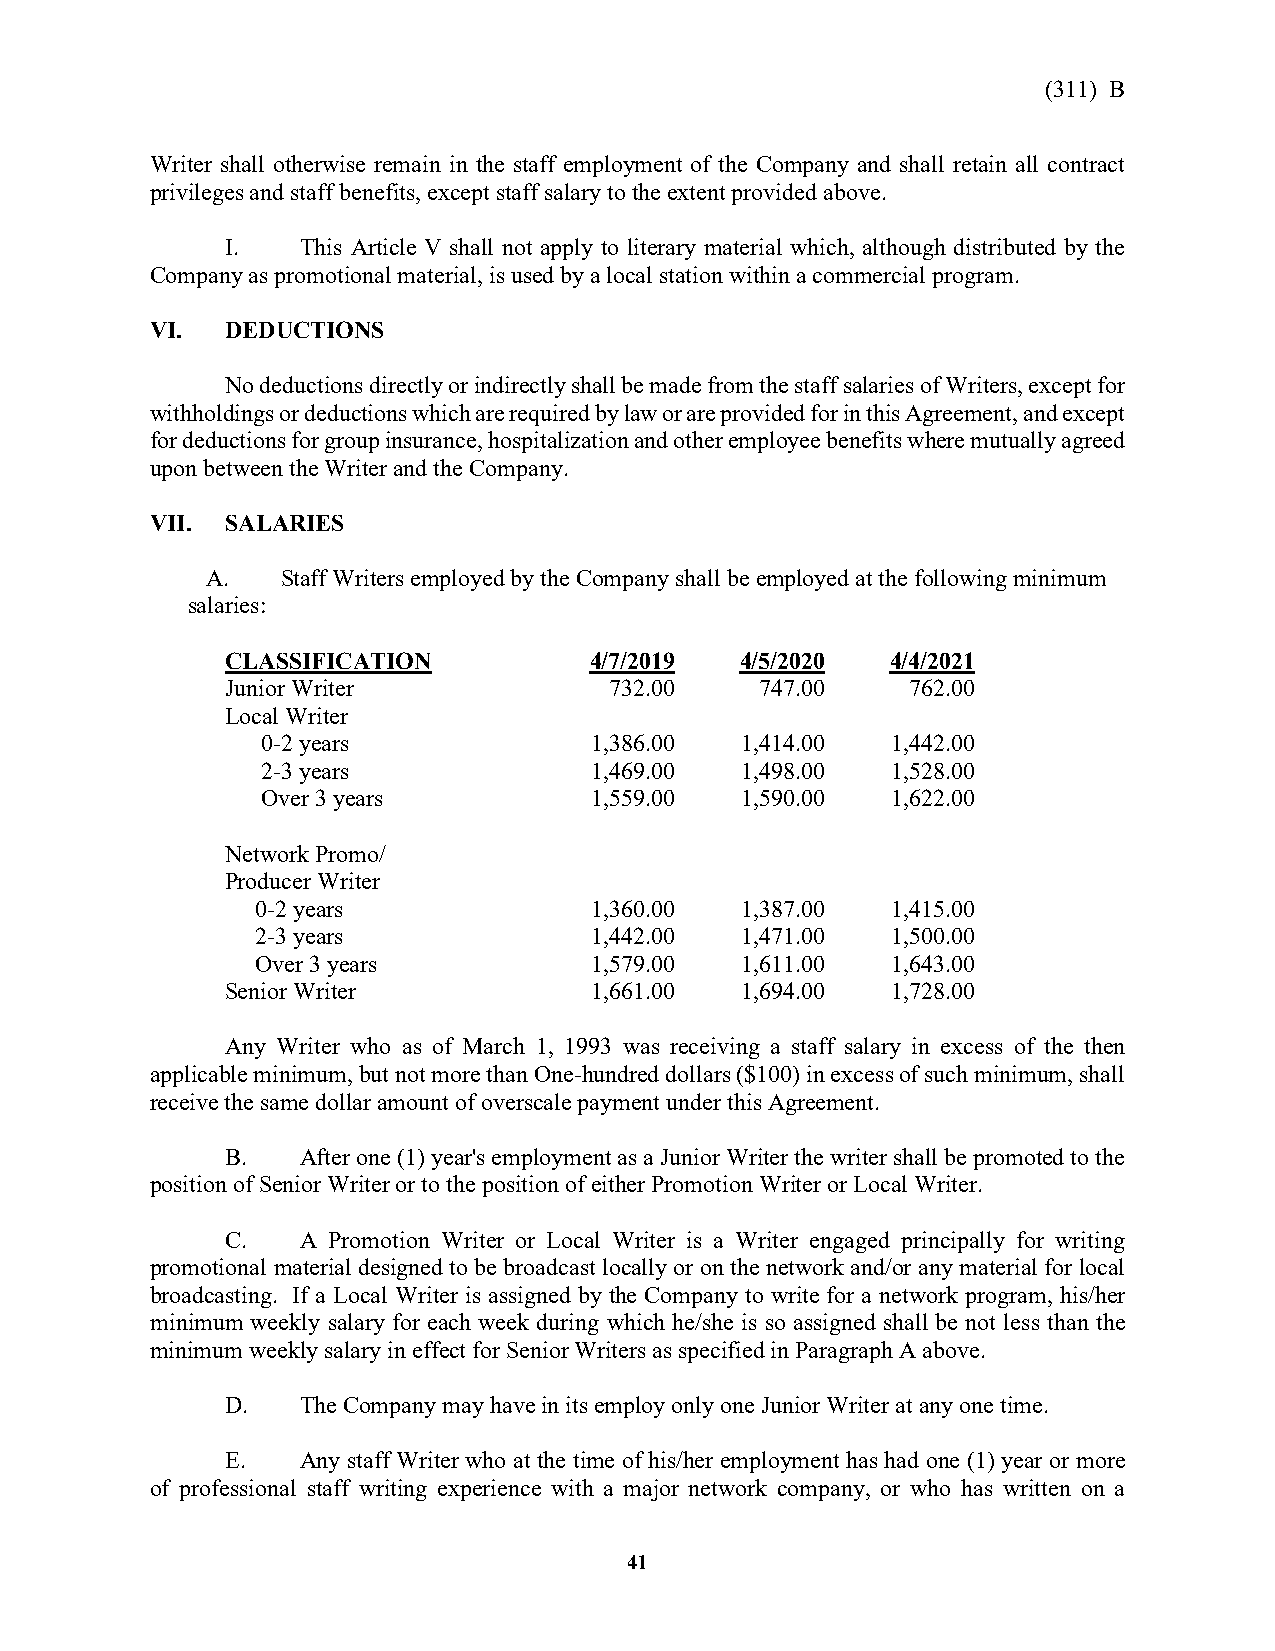
(311) B
 Writer shall otherwise remain in the staff employment of the Company and shall retain all contract
 privileges and staff benefits, except staff salary to the extent provided above.
 I.   This Article V shall not apply to literary material which, although distributed by the
 Company as promotional material, is used by a local station within a commercial program.
 VI.  DEDUCTIONS
 No deductions directly or indirectly shall be made from the staff salaries of Writers, except for
 withholdings or deductions which are required by law or are provided for in this Agreement, and except
 for deductions for group insurance, hospitalization and other employee benefits where mutually agreed
 upon between the Writer and the Company.
 VII. SALARIES
 A.   Staff Writers employed by the Company shall be employed at the following minimum
 salaries:
 CLASSIFICATION          4/7/2019  4/5/2020  4/4/2021
 Junior Writer            732.00    747.00    762.00
 Local Writer
 0-2 years             1,386.00  1,414.00  1,442.00
 2-3 years             1,469.00  1,498.00  1,528.00
 Over 3 years          1,559.00  1,590.00  1,622.00
 Network Promo/
 Producer Writer
 0-2 years             1,360.00  1,387.00  1,415.00
 2-3 years             1,442.00  1,471.00  1,500.00
 Over 3 years          1,579.00  1,611.00  1,643.00
 Senior Writer           1,661.00  1,694.00  1,728.00
 Any Writer who as of March 1, 1993 was receiving a staff salary in excess of the then
 applicable minimum, but not more than One-hundred dollars ($100) in excess of such minimum, shall
 receive the same dollar amount of overscale payment under this Agreement.
 B.   After one (1) year's employment as a Junior Writer the writer shall be promoted to the
 position of Senior Writer or to the position of either Promotion Writer or Local Writer.
 C.   A Promotion Writer or Local Writer is a Writer engaged principally for writing
 promotional material designed to be broadcast locally or on the network and/or any material for local
 broadcasting. If a Local Writer is assigned by the Company to write for a network program, his/her
 minimum weekly salary for each week during which he/she is so assigned shall be not less than the
 minimum weekly salary in effect for Senior Writers as specified in Paragraph A above.
 D.   The Company may have in its employ only one Junior Writer at any one time.
 E.   Any staff Writer who at the time of his/her employment has had one (1) year or more
 of professional staff writing experience with a major network company, or who has written on a
 41